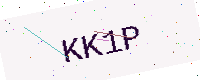
Text: KK1P